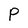
Character: P